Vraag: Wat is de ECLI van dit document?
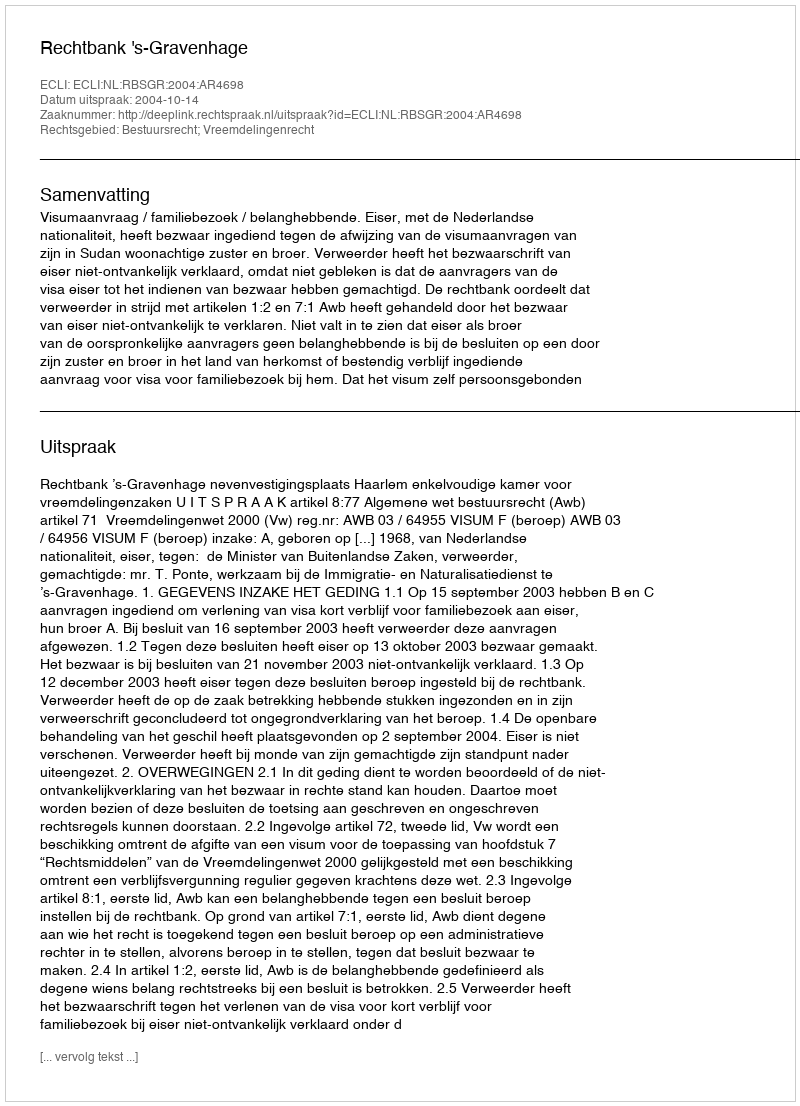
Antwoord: ECLI:NL:RBSGR:2004:AR4698